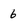
Character: 6